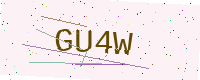
Text: GU4W